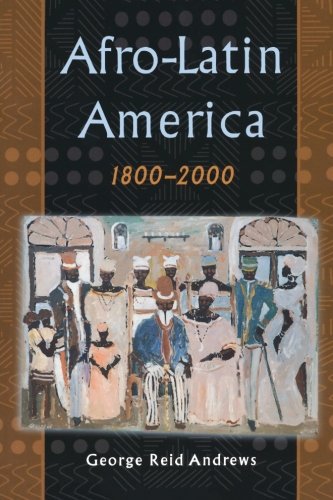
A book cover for Afro-Latin America, 1800-2000; George Reid Andrews; History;